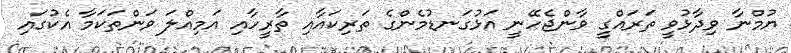
ޔުމްނާ ވިދާޅުވީ ތަރައްގީ ވާންޖެހޭނީ އަޅުގަނޑުމެންގެ ތަރިކައާއި ތާރީހާއި އަމިއްލަ ވަންތަކަމާ އެކުގައި